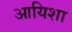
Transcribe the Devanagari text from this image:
आयिशा